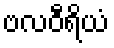
ဗလဝီရိယံ